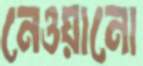
নেওয়ানো